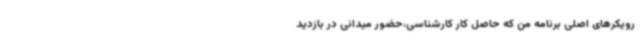
رویکرهای اصلی برنامه من که حاصل کار کارشناسی،حضور میدانی در بازدید